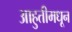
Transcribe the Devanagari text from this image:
आहुतीमधून